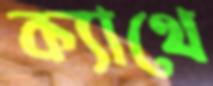
ক্যাথে